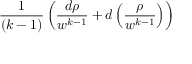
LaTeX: { \frac { 1 } { ( k - 1 ) } } \left( { \frac { d \rho } { w ^ { k - 1 } } } + d \left( { \frac { \rho } { w ^ { k - 1 } } } \right) \right)